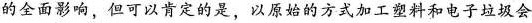
的全面影响，但可以肯定的是，以原始的方式加工塑料和电子垃圾会